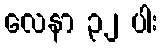
လေနာ ၃၂ ပါး